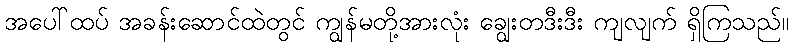
အပေါ်ထပ် အခန်းဆောင်ထဲတွင် ကျွန်မတို့အားလုံး ချွေးတဒီးဒီး ကျလျက် ရှိကြသည်။